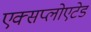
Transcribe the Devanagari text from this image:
एक्सप्लोएटेड